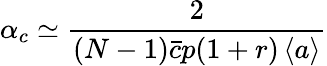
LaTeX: \alpha_{c}\simeq\frac{2}{(N-1)\bar{c}p(1+r)\left<a\right>}